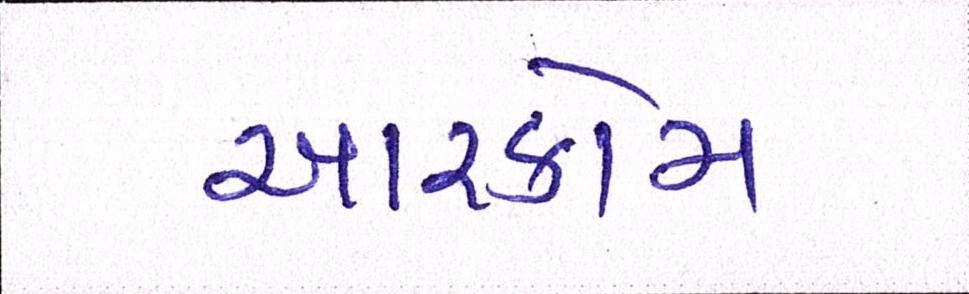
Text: આરકોમ